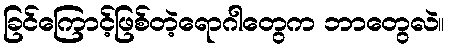
ခြင်ကြောင့်ဖြစ်တဲ့ရောဂါတွေက ဘာတွေလဲ။